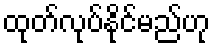
ထုတ်လုပ်နိုင်မည်ဟု